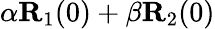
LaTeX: \alpha{\mathbf R}_{1}(0)+\beta{\mathbf R}_{2}(0)